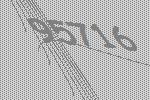
95716